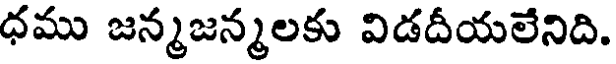
ధము జన్మజన్మలకు విడదీయలేనిది.